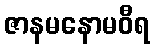
ဇာနမနောမဝီရ